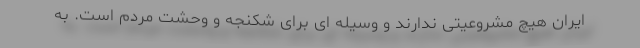
ایران هیچ مشروعیتی ندارند و وسیله ای برای شکنجه و وحشت مردم است. به